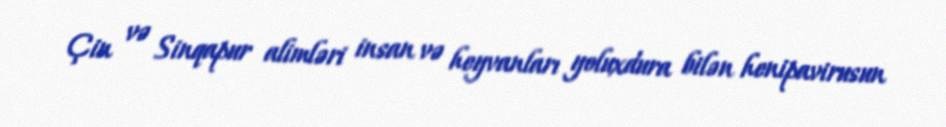
Çin və Sinqapur alimləri insan və heyvanları yoluxdura bilən henipavirusun